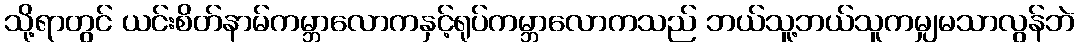
သို့ရာတွင် ယင်းစိတ်နာမ်ကမ္ဘာလောကနှင့်ရုပ်ကမ္ဘာလောကသည် ဘယ်သူ့ဘယ်သူကမျှမသာလွန်ဘဲ